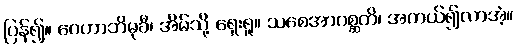
ပြန်၍။ ဂေဟာဘိမုခီ၊ အိမ်သို့ ရှေးရှု။ သစေအာဂစ္ဆတိ၊ အကယ်၍လာအံ့။